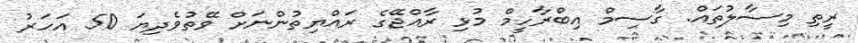
ރީތި މިސާލުތައް. ގާސިމް އިބްރާހީމް މުޅި ރާއްޖޭގެ ރައްޔިތުންނަށް ވޭތުވެދިޔަ 50 އަހަރު